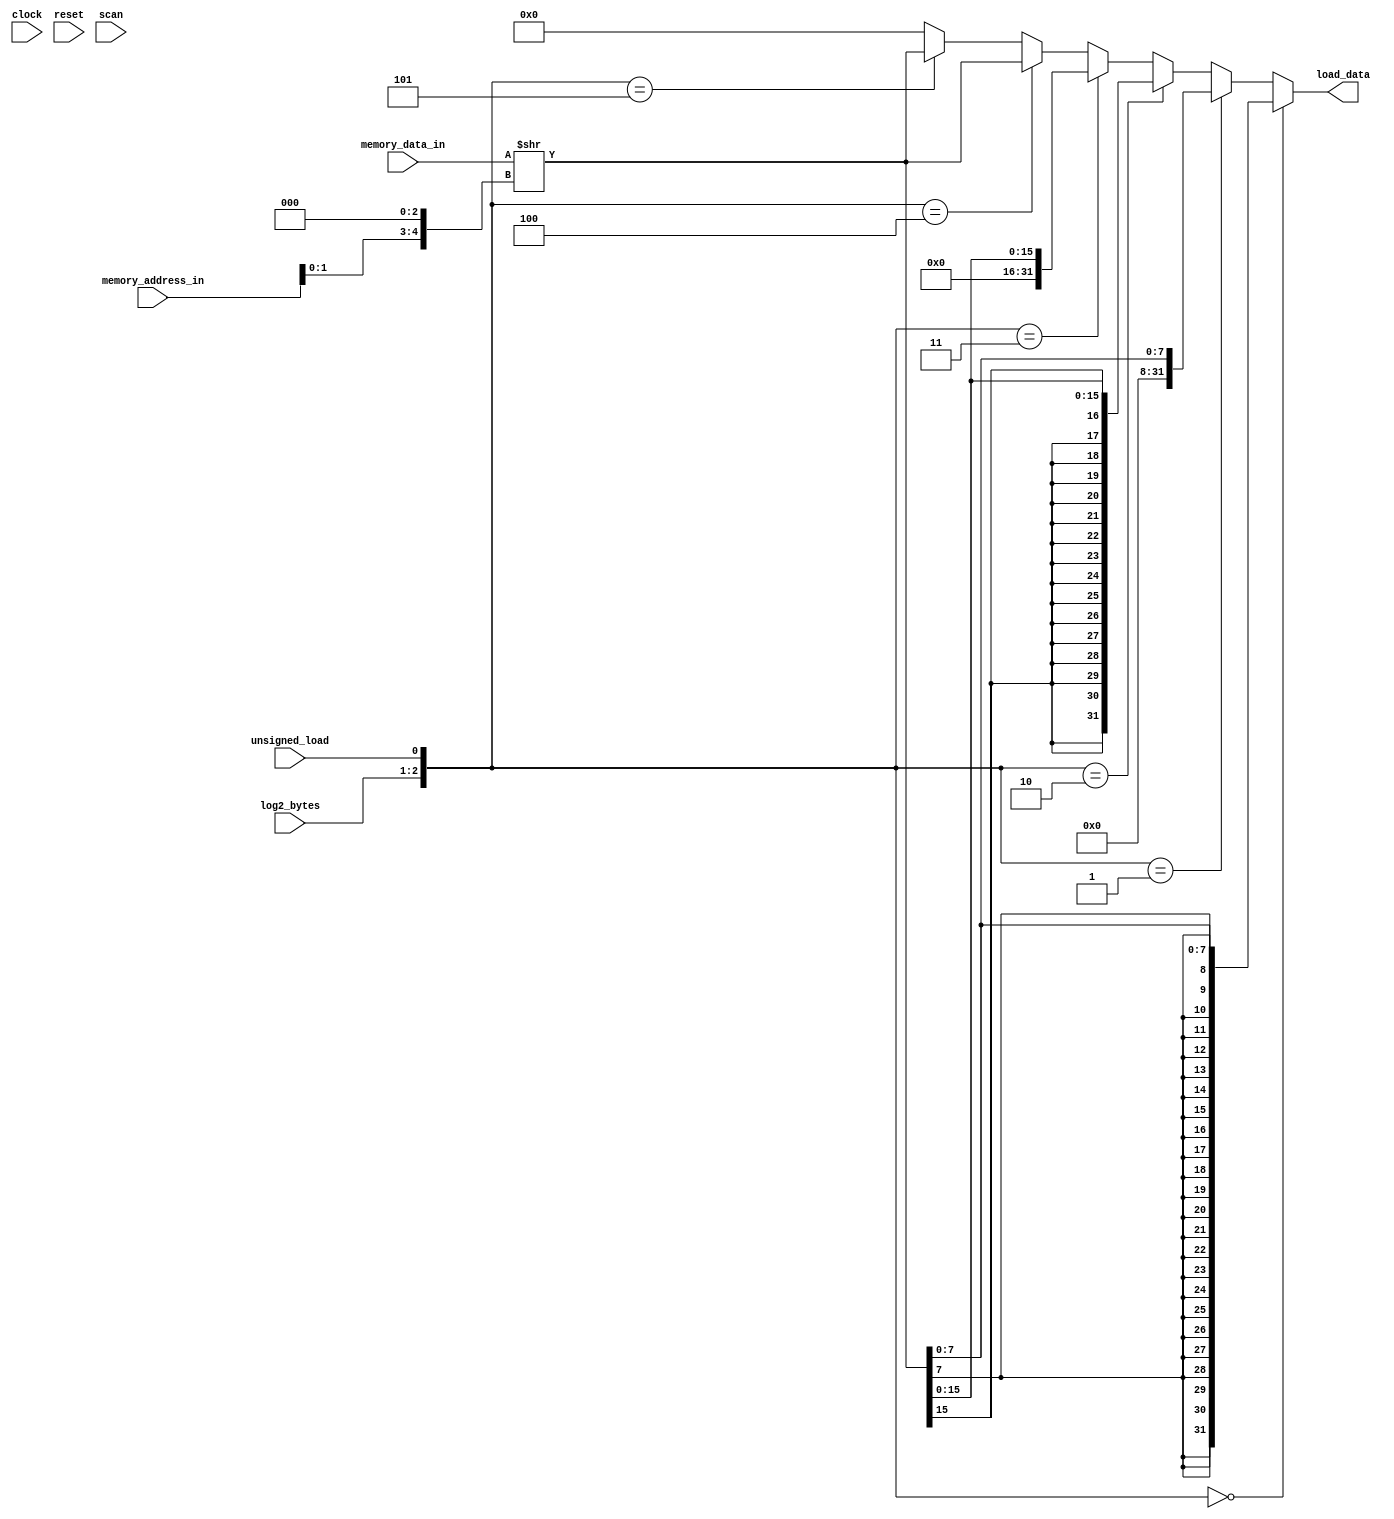
/** @module : memory_receive
 *  @author : Adaptive & Secure Computing Systems (ASCS) Laboratory

 *  Copyright (c) 2021 STAM Center (ASCS Lab/CAES Lab/STAM Center/ASU)
 *  Permission is hereby granted, free of charge, to any person obtaining a copy
 *  of this software and associated documentation files (the "Software"), to deal
 *  in the Software without restriction, including without limitation the rights
 *  to use, copy, modify, merge, publish, distribute, sublicense, and/or sell
 *  copies of the Software, and to permit persons to whom the Software is
 *  furnished to do so, subject to the following conditions:
 *  The above copyright notice and this permission notice shall be included in
 *  all copies or substantial portions of the Software.

 *  THE SOFTWARE IS PROVIDED "AS IS", WITHOUT WARRANTY OF ANY KIND, EXPRESS OR
 *  IMPLIED, INCLUDING BUT NOT LIMITED TO THE WARRANTIES OF MERCHANTABILITY,
 *  FITNESS FOR A PARTICULAR PURPOSE AND NONINFRINGEMENT. IN NO EVENT SHALL THE
 *  AUTHORS OR COPYRIGHT HOLDERS BE LIABLE FOR ANY CLAIM, DAMAGES OR OTHER
 *  LIABILITY, WHETHER IN AN ACTION OF CONTRACT, TORT OR OTHERWISE, ARISING FROM,
 *  OUT OF OR IN CONNECTION WITH THE SOFTWARE OR THE USE OR OTHER DEALINGS IN
 *  THE SOFTWARE.
 */

module memory_receive #(
  parameter CORE            =  0,
  parameter DATA_WIDTH      = 32,
  parameter ADDRESS_BITS    = 20,
  parameter NUM_BYTES       = DATA_WIDTH/8,
  parameter LOG2_NUM_BYTES  = log2(NUM_BYTES),
  parameter SCAN_CYCLES_MIN = 0,
  parameter SCAN_CYCLES_MAX = 1000
) (
  input clock,
  input reset,

  // Memory Issue Interface
  input [LOG2_NUM_BYTES-1:0] log2_bytes,
  input unsigned_load,
  // Data Memory interface
  input [DATA_WIDTH-1:0] memory_data_in,
  input [DATA_WIDTH-1:0] memory_address_in,

  // Writeback interface
  output [DATA_WIDTH-1:0] load_data,

  input scan

);

//define the log2 function
function integer log2;
input integer value;
begin
  value = value-1;
  for (log2=0; value>0; log2=log2+1)
    value = value >> 1;
end
endfunction

wire [LOG2_NUM_BYTES:0] load_type;
wire [LOG2_NUM_BYTES-1:0] byte_shift;
wire [DATA_WIDTH-1:0] shifted_data;

assign load_type = {log2_bytes, unsigned_load};
assign byte_shift = memory_address_in[LOG2_NUM_BYTES-1:0];

assign shifted_data = memory_data_in >> {byte_shift, 3'b000};
assign load_data =
  load_type == 3'd0 ? {{DATA_WIDTH-8{shifted_data[7]}}  , shifted_data[7:0]}  : // LB
  load_type == 3'd1 ? {{DATA_WIDTH-8{1'b0}}             , shifted_data[7:0]}  : // LBU
  load_type == 3'd2 ? {{DATA_WIDTH-16{shifted_data[15]}}, shifted_data[15:0]} : // LH
  load_type == 3'd3 ? {{DATA_WIDTH-16{1'b0}}            , shifted_data[15:0]} : // LHU
  load_type == 3'd4 ? {{DATA_WIDTH-32{shifted_data[31]}}, shifted_data[31:0]} : // LW
  load_type == 3'd5 ? {{DATA_WIDTH-32{1'b0}}            , shifted_data[31:0]} : // LWU
  {DATA_WIDTH{1'b0}};

reg [31: 0] cycles;
always @ (posedge clock) begin
  cycles <= reset? 0 : cycles + 1;
  if(scan & ((cycles >= SCAN_CYCLES_MIN) & (cycles <= SCAN_CYCLES_MAX)) ) begin
    $display ("------ Core %d Memory Receive - Current Cycle %d -------", CORE, cycles);
    $display ("| Log2 Bytes      [%b]", log2_bytes);
    $display ("| Unsigned Load   [%b]", unsigned_load);
    $display ("| Memory Data In  [%h]", memory_data_in);
    $display ("| Memory Addr In  [%h]", memory_address_in);
    $display ("| Load Data       [%h]", load_data);
    $display ("----------------------------------------------------------------------");
  end
end

endmodule